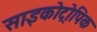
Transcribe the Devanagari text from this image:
साइकोट्रोपिक